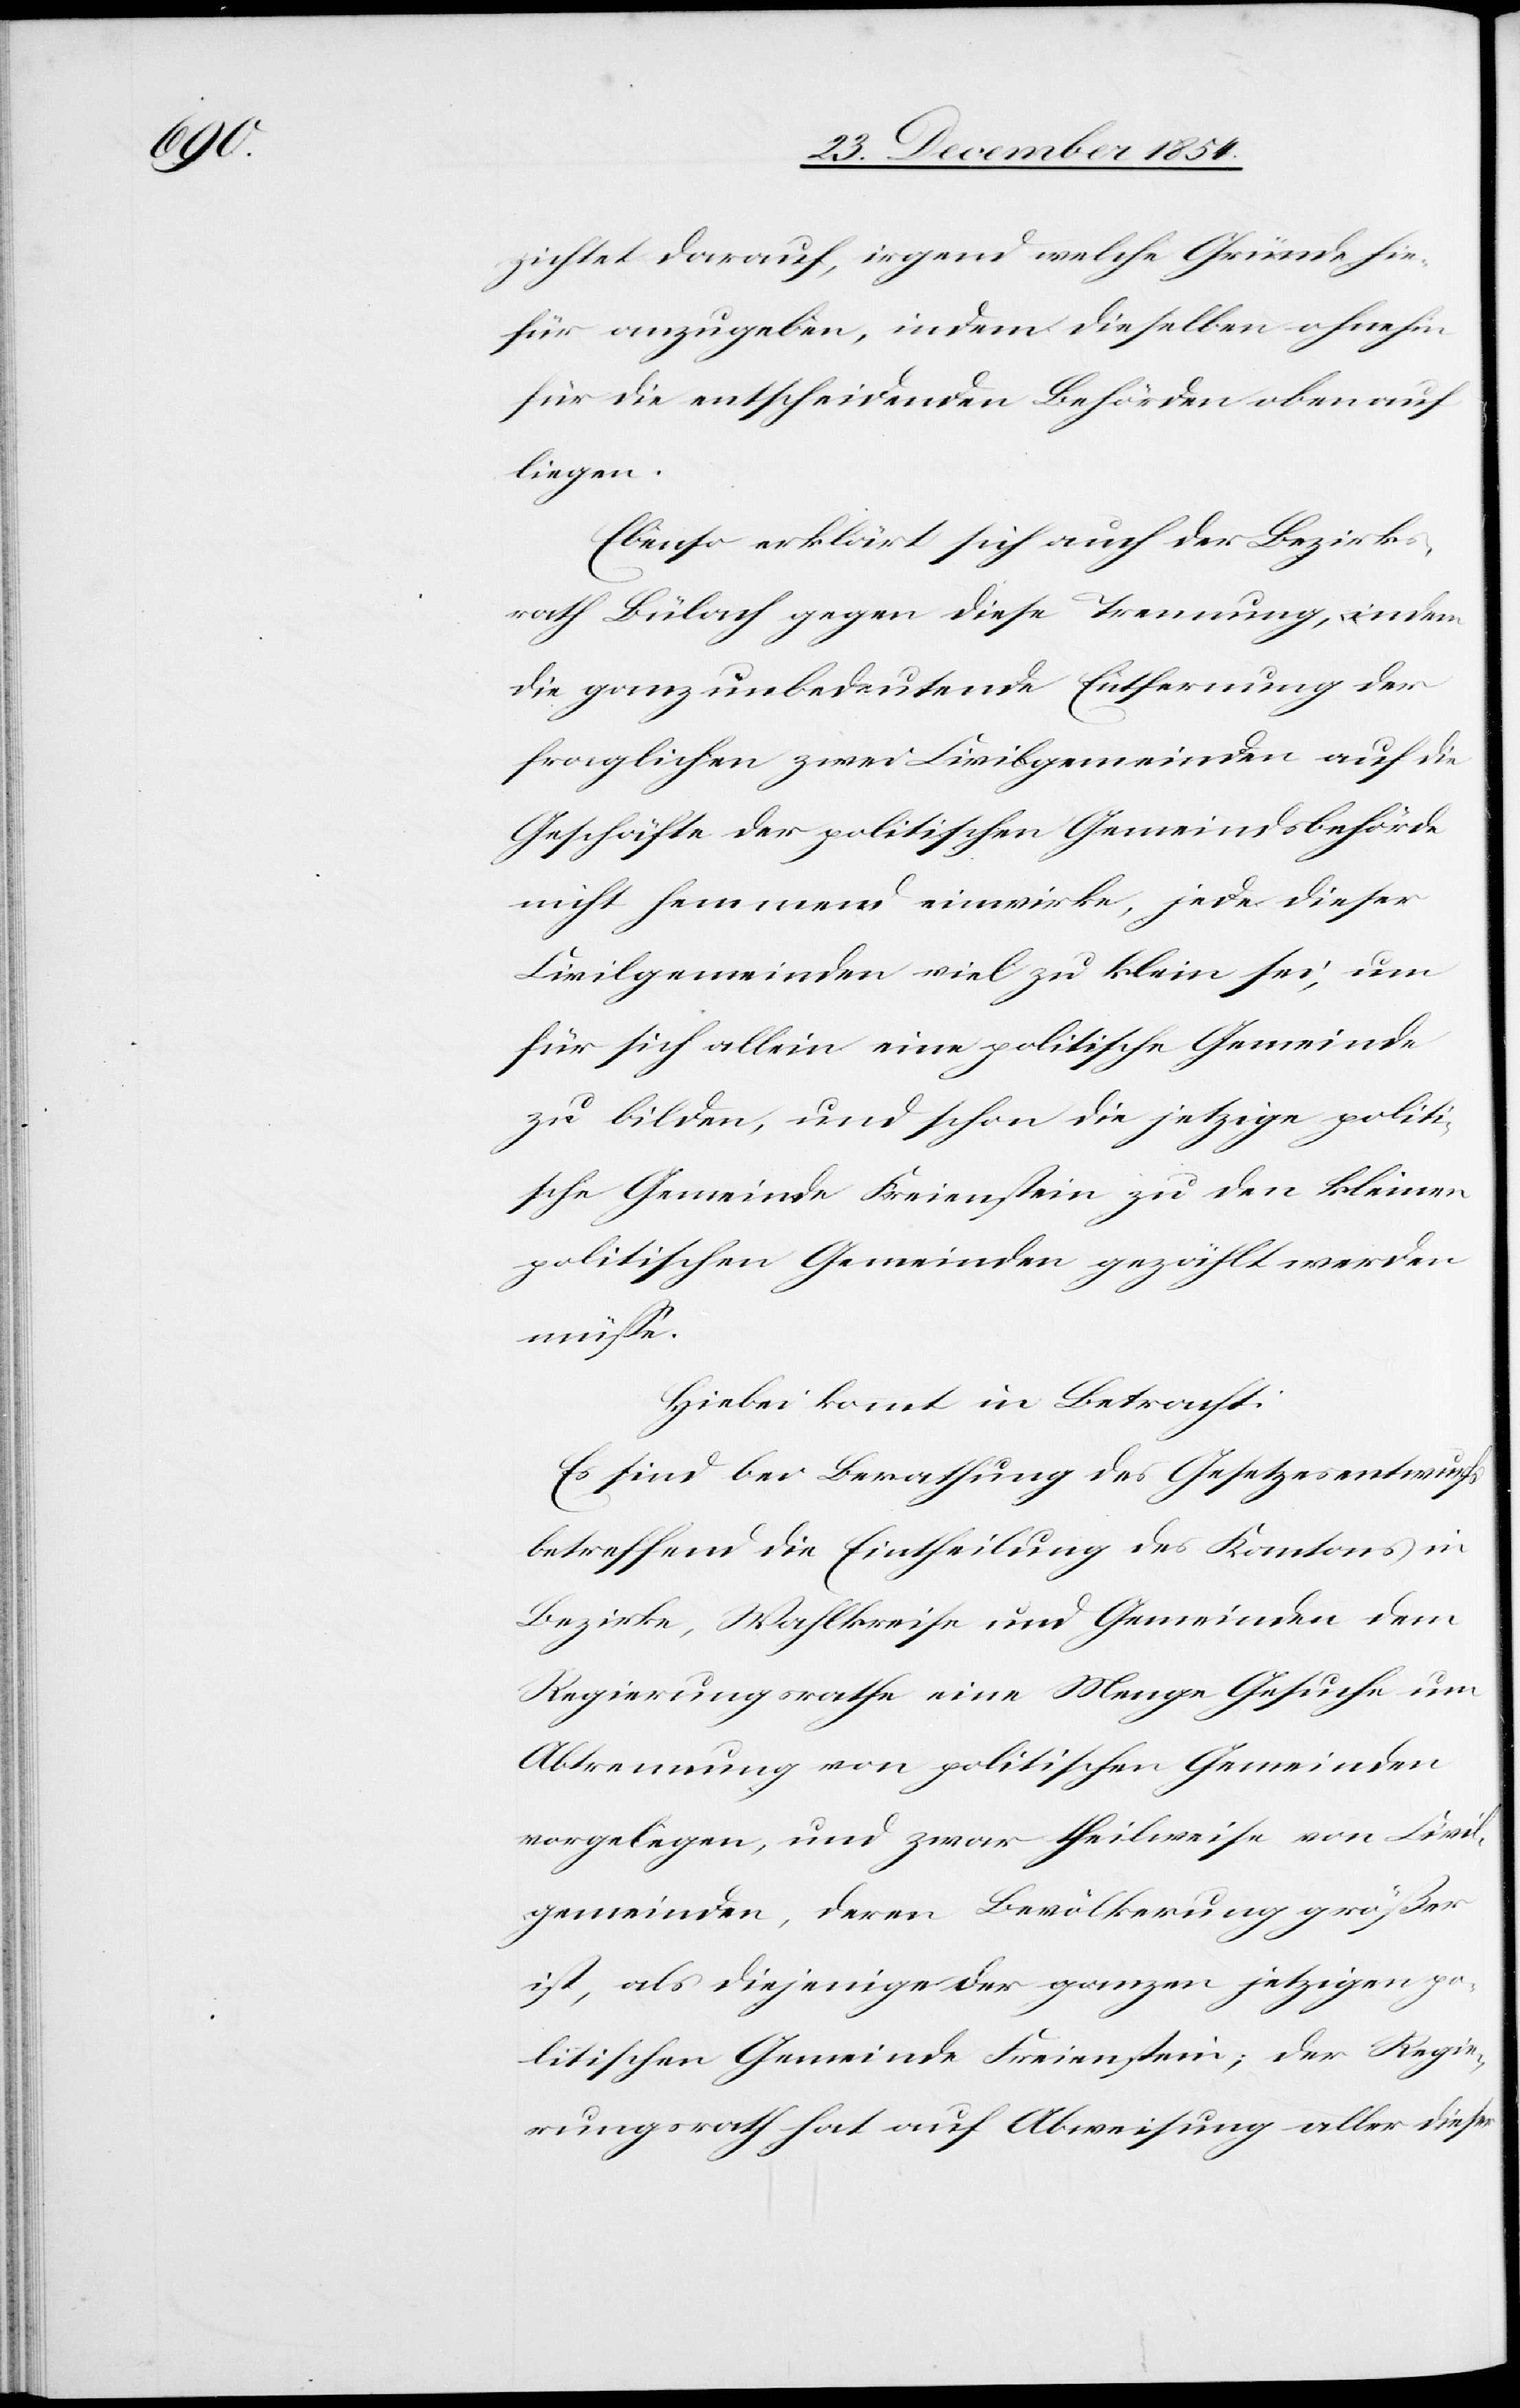
zichtet darauf, irgend welche Gründe hie¬
für anzugeben, indem dieselben ohnehin
für die entscheidenden Behörden obenauf
liegen.
Ebenso erklärt sich auch der Bezirks¬
rath Bülach gegen diese Trennung, indem
die ganz unbedeutende Entfernung der
fraglichen zwei Civilgemeinden auf die
Geschäfte der politischen Gemeindsbehörde
nicht hemmend einwirke, jede dieser
Civilgemeinden viel zu klein sei, um
für sich allein eine politische Gemeinde
zu bilden, und schon die jetzige politi¬
sche Gemeinde Freienstein zu den kleinen
politischen Gemeinden gezählt werden
müße.
Hiebei kommt in Betracht:
Es sind bei Berathung des Gesetzesentwurfs
betreffend die Eintheilung des Kantons in
Bezirke, Wahlkreise und Gemeinden dem
Regierungsrathe eine Menge Gesuche um
Abtrennung von politischen Gemeinden
vorgelegen, und zwar theilweise von Civil¬
gemeinden, deren Bevölkerung größer
ist, als diejenige der ganzen jetzigen po¬
litischen Gemeinde Freienstein; der Regie¬
rungsrath hat auf Abweisung aller dieser